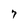
Character: 7